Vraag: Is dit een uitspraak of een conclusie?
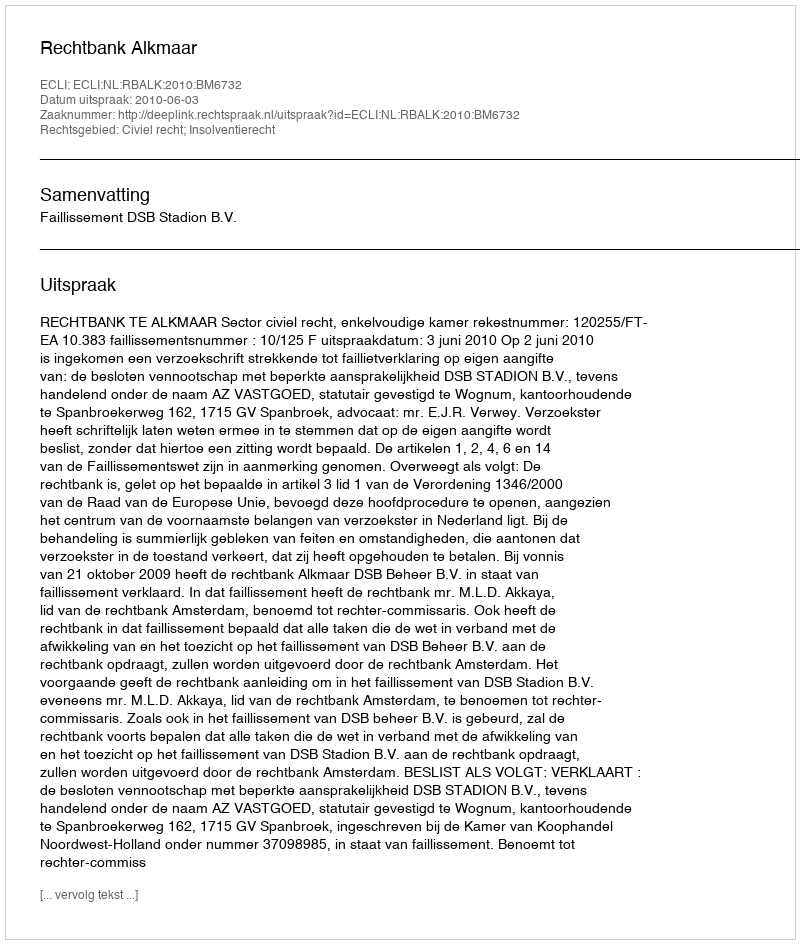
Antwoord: Uitspraak